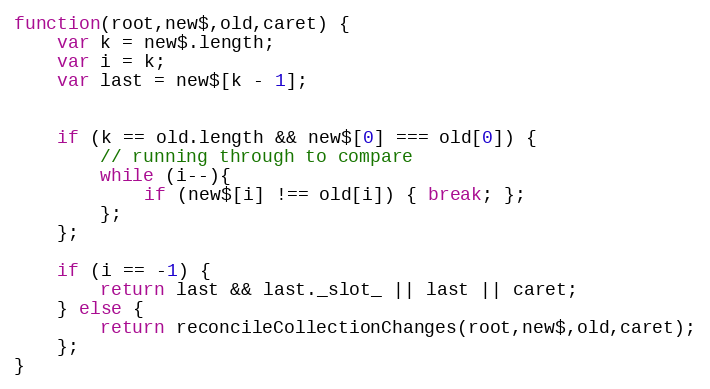
Language: JavaScript
function(root,new$,old,caret) {
	var k = new$.length;
	var i = k;
	var last = new$[k - 1];

	if (k == old.length && new$[0] === old[0]) {
		// running through to compare
		while (i--){
			if (new$[i] !== old[i]) { break; };
		};
	};

	if (i == -1) {
		return last && last._slot_ || last || caret;
	} else {
		return reconcileCollectionChanges(root,new$,old,caret);
	};
}